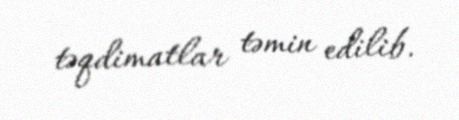
təqdimatlar təmin edilib.